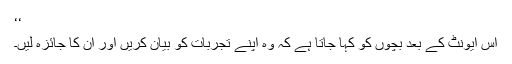
‘‘
اس ایونٹ کے بعد بچوں کو کہا جاتا ہے کہ وہ اپنے تجربات کو بیان کریں اور ان کا جائزہ لیں۔